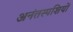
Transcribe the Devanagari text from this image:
अनंतस्पशियों